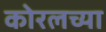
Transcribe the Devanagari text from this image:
कोरलच्या